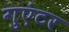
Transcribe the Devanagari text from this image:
गुएंटर